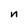
Character: n